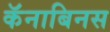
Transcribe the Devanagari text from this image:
कॅनाबिनस